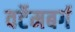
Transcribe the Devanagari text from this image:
वर्टेमबर्ग